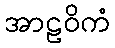
အာဠဝိကံ